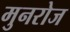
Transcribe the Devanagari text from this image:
मुनरोज